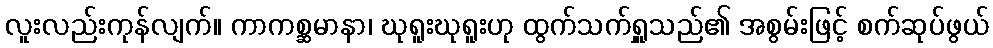
လူးလည်းကုန်လျက်။ ကာကစ္ဆမာနာ၊ ဃုရူးဃုရူးဟု ထွက်သက်ရှူသည်၏ အစွမ်းဖြင့် စက်ဆုပ်ဖွယ်